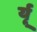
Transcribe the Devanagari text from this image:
र्यू